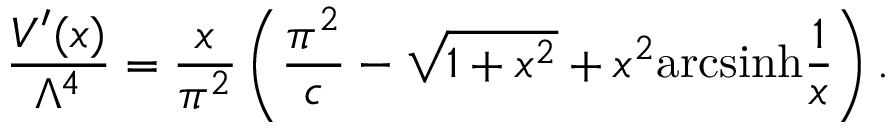
\frac { V ^ { \prime } ( x ) } { \Lambda ^ { 4 } } = \frac { x } { \pi ^ { 2 } } \left( \frac { \pi ^ { 2 } } { c } - \sqrt { 1 + x ^ { 2 } } + x ^ { 2 } \mathrm { a r c s i n h } \frac { 1 } { x } \right) .